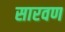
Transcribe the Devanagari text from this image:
सारवण